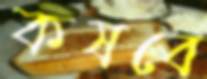
কষবে